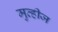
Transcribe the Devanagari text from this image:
मुव्हीज